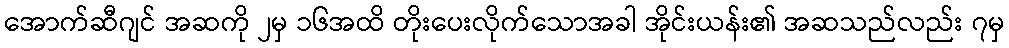
အောက်ဆီဂျင် အဆကို ၂မှ ၁၆အထိ တိုးပေးလိုက်သောအခါ အိုင်းယန်း၏ အဆသည်လည်း ၇မှ